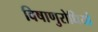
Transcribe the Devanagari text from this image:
विषाणुरोधियों